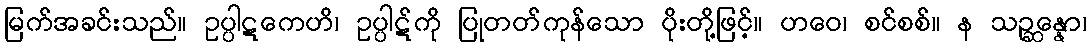
မြက်အခင်းသည်။ ဥပ္ပါဋကေဟိ၊ ဥပ္ပါဋ်ကို ပြုတတ်ကုန်သော ပိုးတို့ဖြင့်။ ဟဝေ၊ စင်စစ်။ န သဉ္ဆန္နော၊